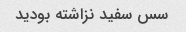
سس سفید نزاشته بودید